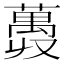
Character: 𫉨